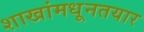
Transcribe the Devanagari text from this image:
शाखांमधूनतयार